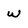
Character: w